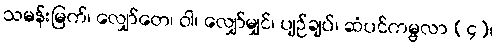
သမန်းမြက်၊ လျှော်တေ၊ ဝါ၊ လျှော်မျှင်၊ ပျဉ်ချပ်၊ ဆံပင်ကမ္ဗလာ (၄)၊